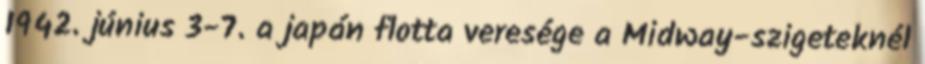
1942. június 3-7. a japán flotta veresége a Midway-szigeteknél